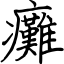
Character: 癱